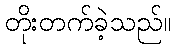
တိုးတက်ခဲ့သည်။